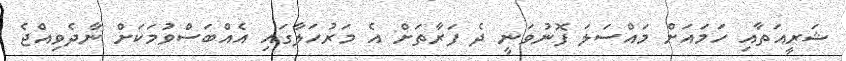
ޝަރީއަތާއި ހަމައަށް މައްސަލަ ފޮނުވަނީ ދެ ފަރާތަށް އެ މަރުހަލާގައި އެއްބަސްވުމަކަށް ނާދެވިއްޖެ